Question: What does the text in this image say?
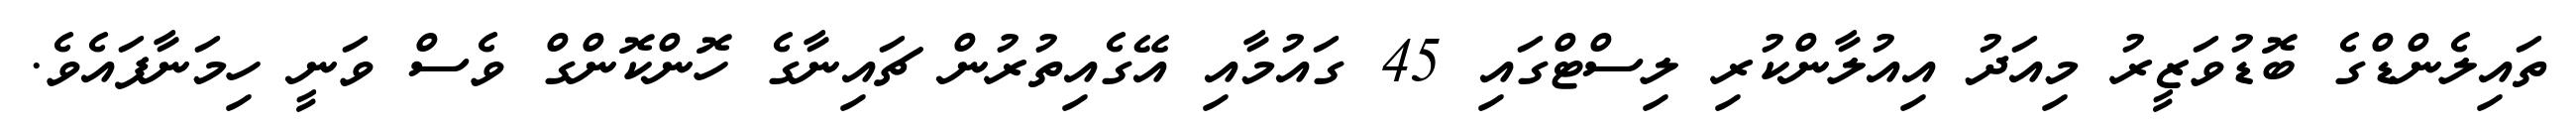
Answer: ތައިލެންޑްގެ ބޮޑުވަޒީރު މިއަދު އިއުލާންކުރި ލިސްޓްގައި 45 ގައުމާއި އޭގެއިތުރުން ޗައިނާގެ ހޮންކޮންގް ވެސް ވަނީ ހިމަނާފައެވެ.